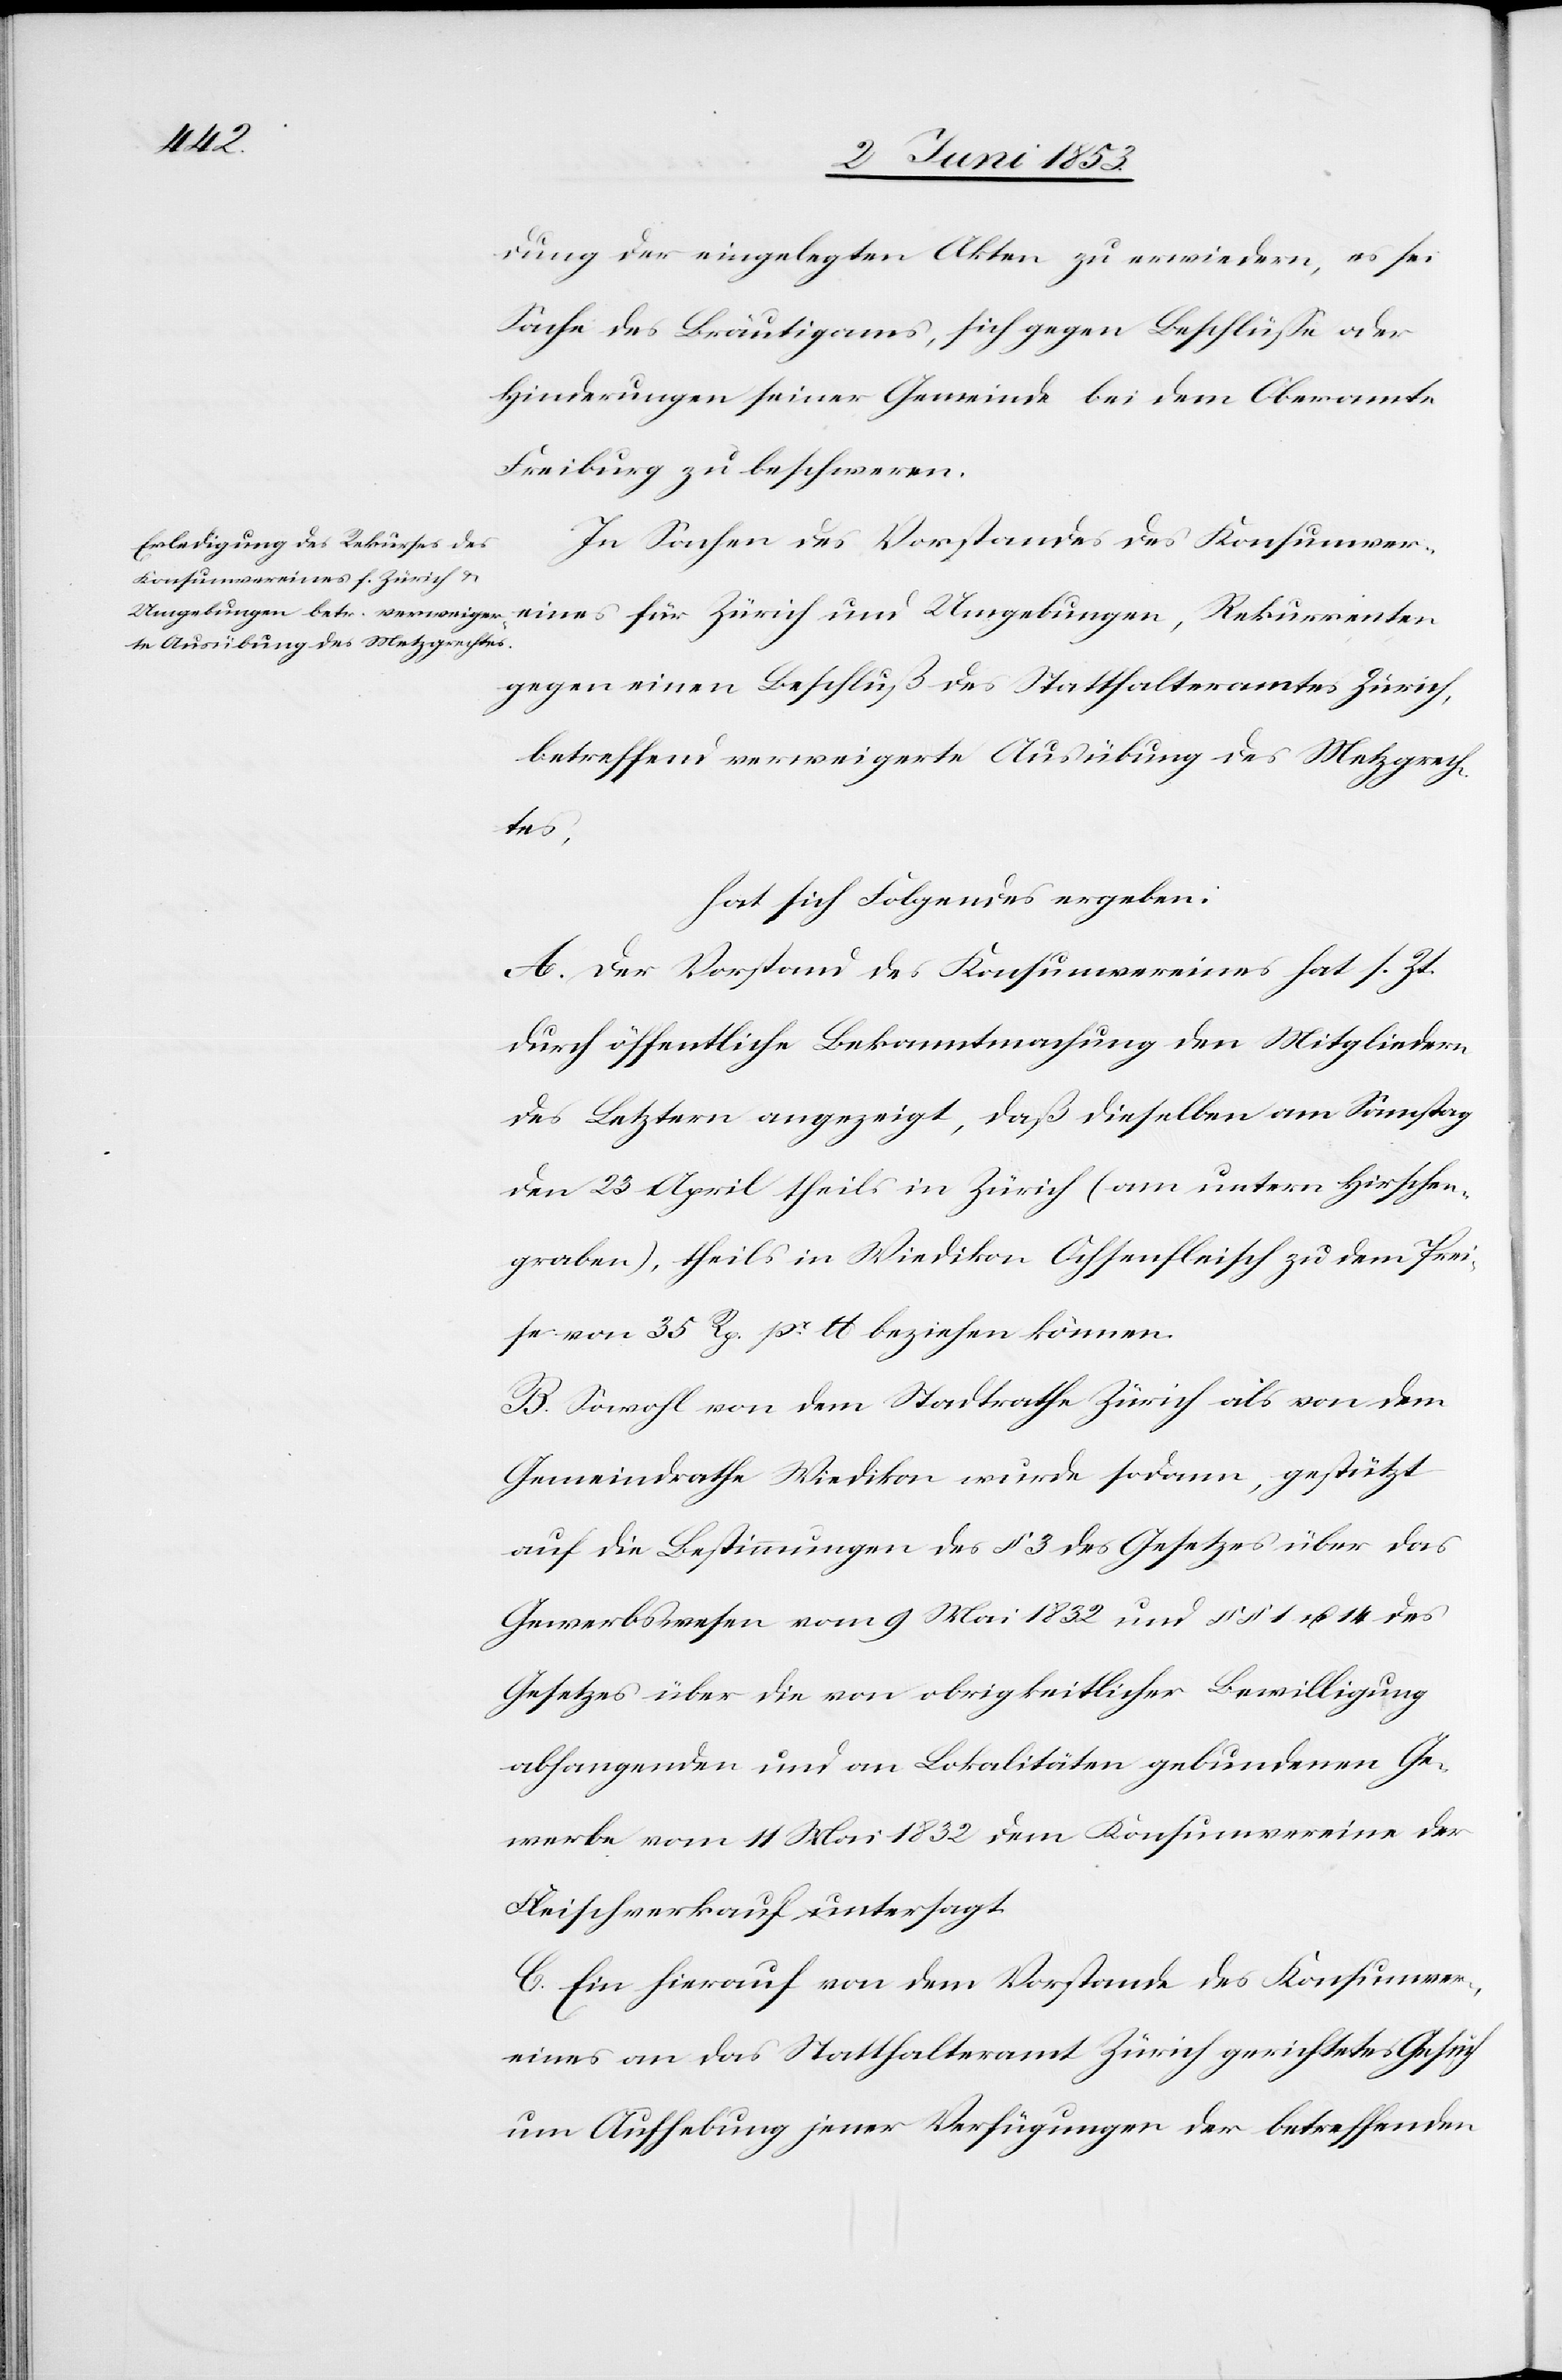
dung der eingelegten Akten zu erwiedern, es sei
Sache des Bräutigams, sich gegen Beschlüße oder
Hinderungen seiner Gemeinde bei dem Oberamte
Freiburg zu beschweren.
In Sachen des Vorstandes des Konsumver¬
eines für Zürich und Umgebungen, Rekurrenten
gegen einen Beschluß des Statthalteramtes Zürich,
betreffend verweigerte Ausübung des Metzgrech¬
tes,
hat sich Folgendes ergeben:
A. Der Vorstand des Konsumvereines hat s. Zt.
durch öffentliche Bekanntmachung den Mitgliedern
des Letztern angezeigt, daß dieselben am Samstag
den 23 April theils in Zürich (am untern Hirschen¬
graben), theils in Wiedikon Ochsenfleisch zu dem Prei¬
se von 35 Rp. pr. lb beziehen können.
B. Sowohl von dem Stadtrath Zürich als von dem
Gemeindrathe Wiedikon wurde sodann, gestützt
auf die Bestimmungen des § 3 des Gesetzes über das
Gewerbswesen vom 9 Mai 1832 und §§ 1 u. 14 des
Gesetzes über die von obrigkeitlicher Bewilligung
abhangenden und an Lokalitäten gebundenen Ge¬
werbe vom 11 Mai 1832 dem Konsumvereine der
Fleischverkauf untersagt.
C. Ein hierauf von dem Vorstande des Konsumver¬
eines an das Statthalteramt Zürich gerichtetes Gesuch
um Aufhebung jener Verfügungen der betreffenden